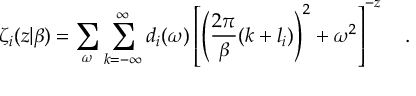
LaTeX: \zeta _ { i } ( z | \beta ) = \sum _ { \omega } \sum _ { k = - \infty } ^ { \infty } d _ { i } ( \omega ) \left[ \left( { \frac { 2 \pi } { \beta } } ( k + l _ { i } ) \right) ^ { 2 } + \omega ^ { 2 } \right] ^ { - z } ~ ~ ~ .